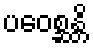
ပဝေစ္ဆန္တိ